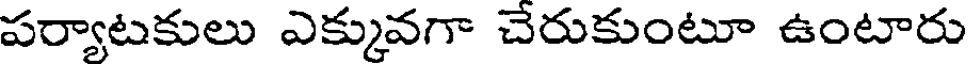
పర్యాటకులు ఎక్కువగా చేరుకుంటూ ఉంటారు